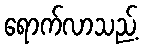
ရောက်လာသည့်